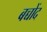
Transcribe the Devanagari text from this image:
बच्चोंद